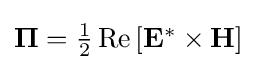
{\textstyle \mathbf {\Pi } ={\frac {1}{2}}\operatorname {Re} \left[\mathbf {E} ^{*}\times \mathbf {H} \right]}